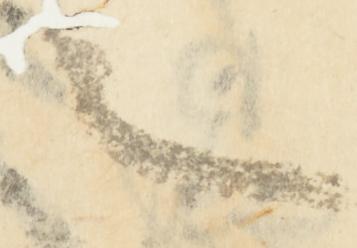
言